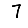
Digit: 7